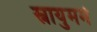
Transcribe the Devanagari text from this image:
स्नायुमर्म